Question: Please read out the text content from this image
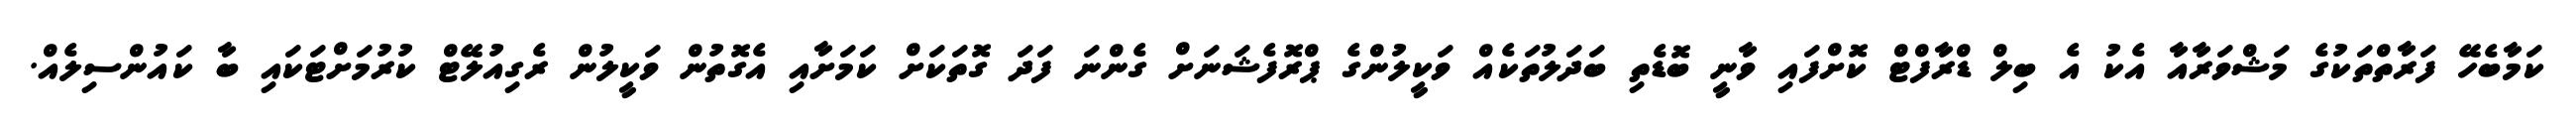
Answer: ކަމާބެހޭ ފަރާތްތަކުގެ މަޝްވަރާއާ އެކު އެ ބިލް ޑްރާފްޓް ކޮށްފައި ވާނީ ބޮޑެތި ބަދަލުތަކެއް ވަކީލުންގެ ޕްރޮފެޝަނަށް ގެންނަ ފަދަ ގޮތަކަށް ކަމަށާއި އެގޮތުން ވަކީލުން ރެގިއުލޭޓް ކުރުމަށްޓަކައި ބާ ކައުންސިލެއް.